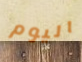
اليوم